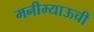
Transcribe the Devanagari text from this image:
मनीम्याऊची